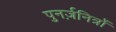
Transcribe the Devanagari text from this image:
पुनर्ज़नित्रों